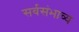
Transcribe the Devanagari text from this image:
सर्वसंभाव्य